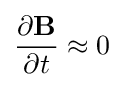
{\partial \mathbf {B}  \over \partial t}\approx 0